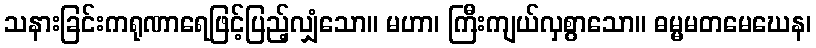
သနားခြင်းကရုဏာရေဖြင့်ပြည့်လျှံသော။ မဟာ၊ ကြီးကျယ်လှစွာသော။ ဓမ္မမတမေဃေန၊